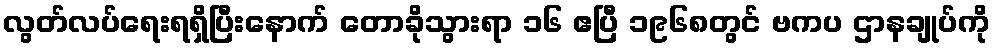
လွတ်လပ်ရေးရရှိပြီးနောက် တောခိုသွားရာ ၁၆ ဧပြီ ၁၉၆၈တွင် ဗကပ ဌာနချုပ်ကို